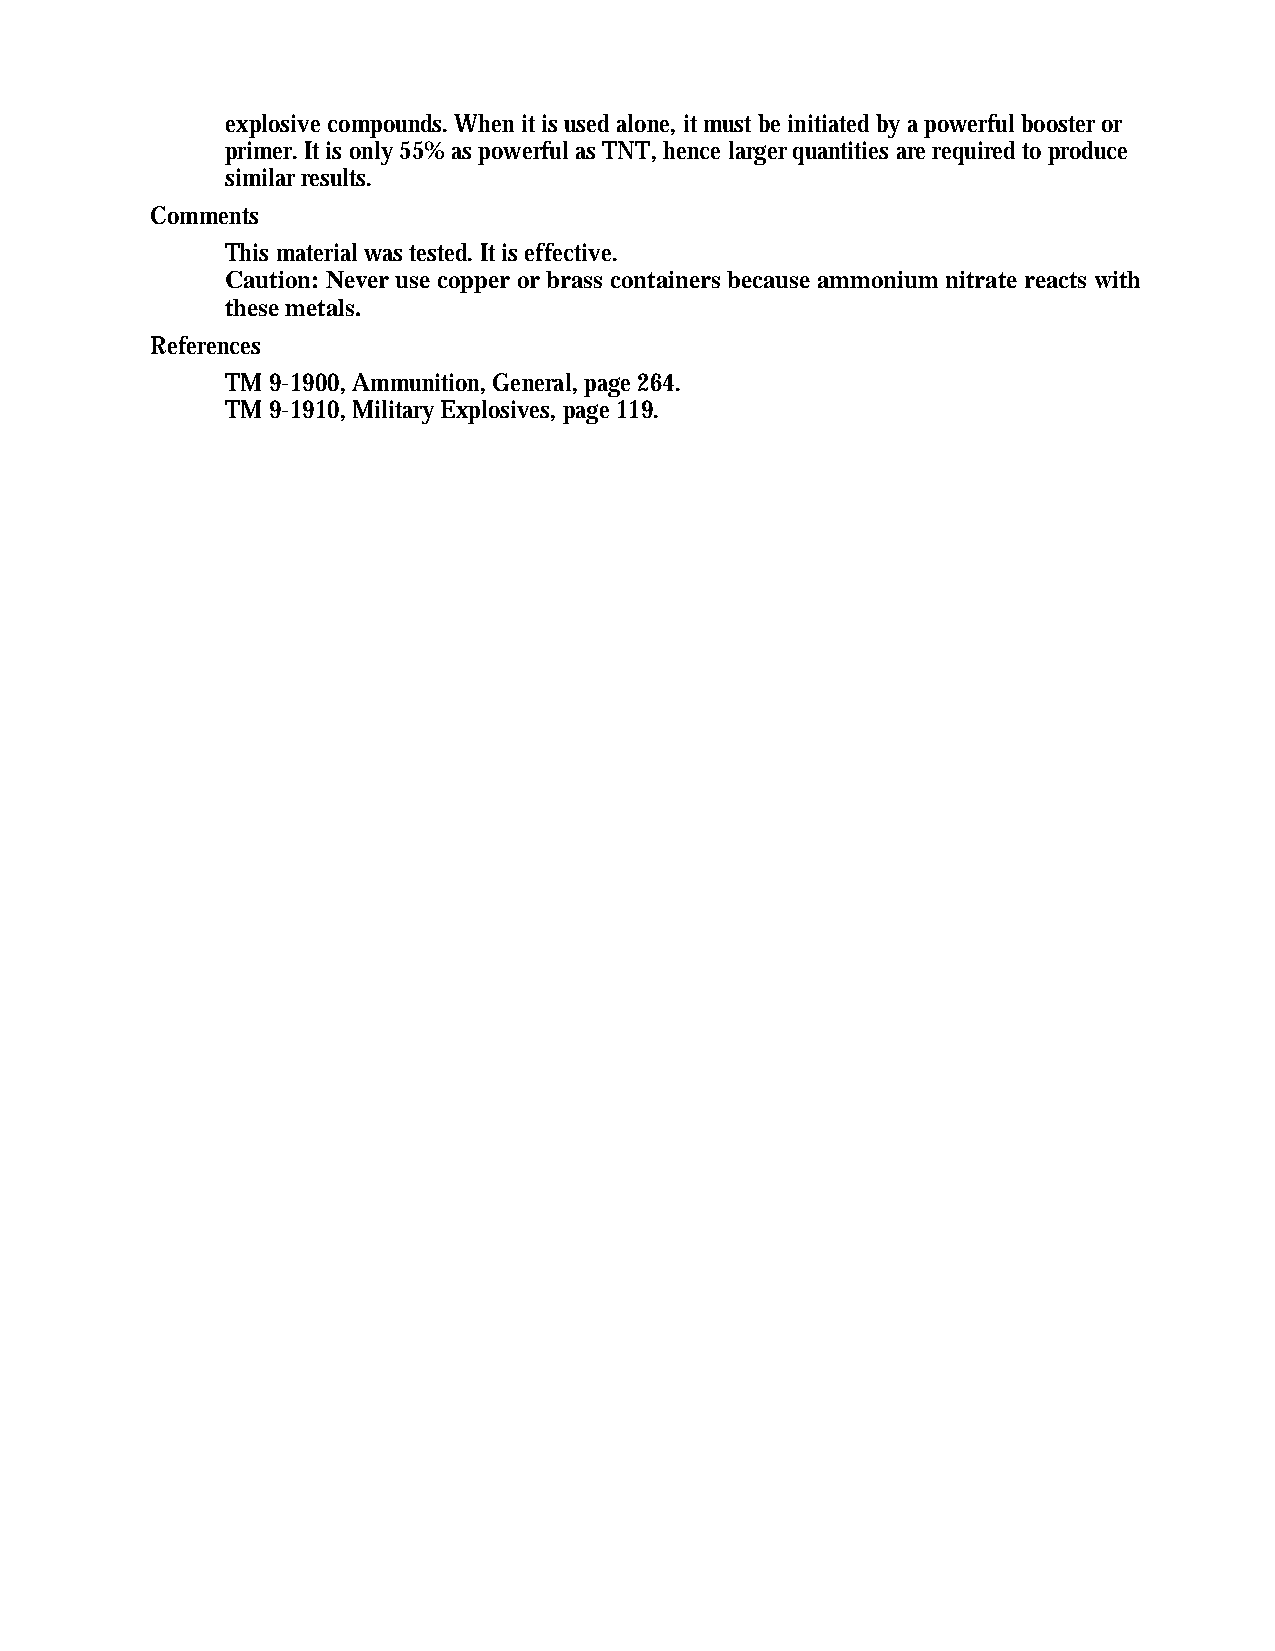
explosive compounds. When it is used alone, it must be initiated by a powerful booster or
 primer. It is only 55% as powerful as TNT, hence larger quantities are required to produce
 similar results.
 Comments
 This material was tested. It is effective.
 Caution: Never use copper or brass containers because ammonium nitrate reacts with
 these metals.
 References
 TM 9-1900, Ammunition, General, page 264.
 TM 9-1910, Military Explosives, page 119.